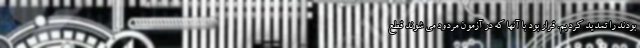
بودند را تمدید کردیم. قرار بود با آنها که در آزمون مردود می شوند قطع